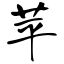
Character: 苹